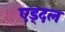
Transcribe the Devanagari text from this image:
एड्दल